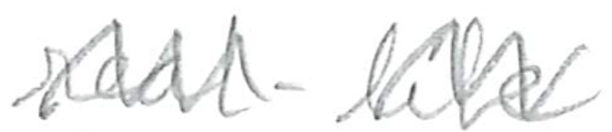
Text: real-life
Cross-out: mix
Writing tool: pencil